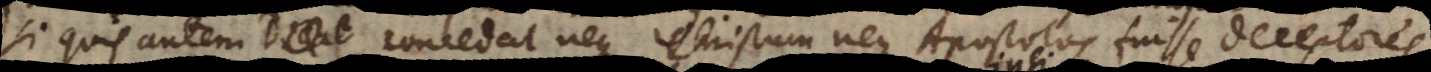
Si quis autem concedat neque Christum neque Apostolos fuisse deceptores